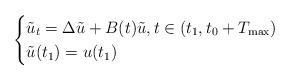
LaTeX: \begin{align*}\begin{cases}\tilde{u}_t=\Delta \tilde{u} +B(t)\tilde{u}, t \in (t_1,t_0+T_{\max}) \cr\tilde{u}(t_1)=u(t_1)\end{cases}\end{align*}